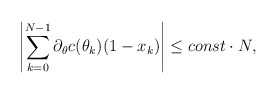
\begin{align*}\left| \sum \limits_{k=0}^{N-1} \partial_\theta c(\theta_k) (1 - x_k) \right| &\leq const \cdot N,\end{align*}